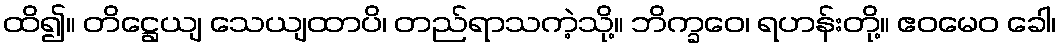
ထိ၍။ တိဋ္ဌေယျ သေယျထာပိ၊ တည်ရာသကဲ့သို့။ ဘိက္ခဝေ၊ ရဟန်းတို့။ ဧဝမေဝ ခေါ၊